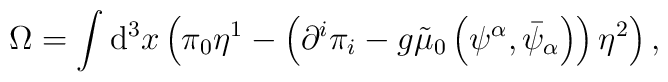
\Omega =\int \mathrm{d}^{3}x\left( \pi _{0}\eta ^{1}-\left( \partial ^{i}\pi_{i}-g\tilde{\mu}_{0}\left( \psi ^{\alpha },\bar{\psi}_{\alpha }\right)\right) \eta ^{2}\right) ,